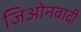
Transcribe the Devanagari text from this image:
जिओनवादी